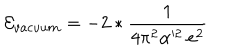
{ \cal E } _ { v a c u u m } = - 2 * \frac { 1 } { 4 \pi ^ { 2 } \alpha ^ { 2 } \: e ^ { 2 } }